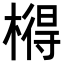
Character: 𣘱